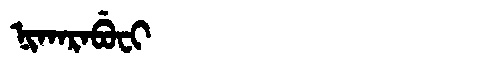
Manchu: ᠨᡳᡴᠠᡵᠠᠪᡠᠸᡳ
Romanization: NIKARABUFI